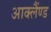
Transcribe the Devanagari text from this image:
आक्लैंण्ड